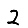
Digit: 2